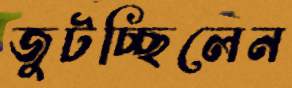
জুটচ্ছিলেন